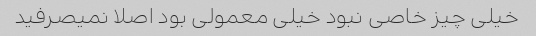
خیلی چیز خاصی نبود خیلی معمولی بود اصلا نمیصرفید